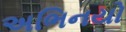
અભિનયો